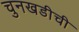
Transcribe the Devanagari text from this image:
चुनखडीची